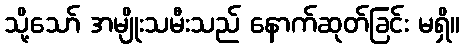
သို့သော် အမျိုးသမီးသည် နောက်ဆုတ်ခြင်း မရှိ။